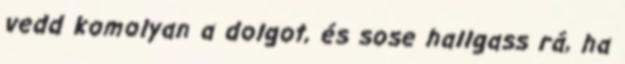
vedd komolyan a dolgot, és sose hallgass rá, ha